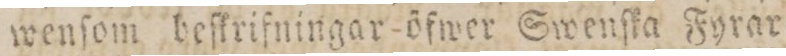
wenſom beſkrifningar öfwer Swenſka Fyrar